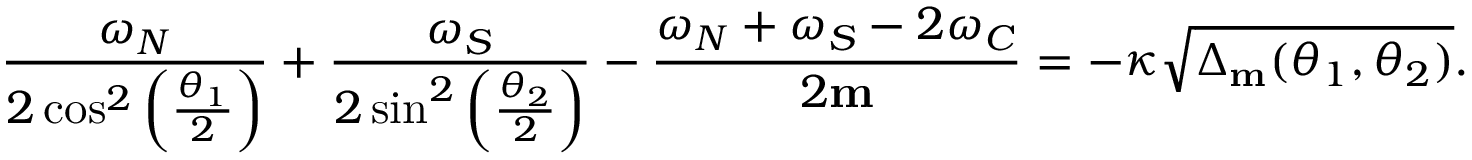
\frac { \omega _ { N } } { 2 \cos ^ { 2 } \left( \frac { \theta _ { 1 } } { 2 } \right) } + \frac { \omega _ { S } } { 2 \sin ^ { 2 } \left( \frac { \theta _ { 2 } } { 2 } \right) } - \frac { \omega _ { N } + \omega _ { S } - 2 \omega _ { C } } { 2 \mathbf { m } } = - \kappa \sqrt { \Delta _ { \mathbf { m } } ( \theta _ { 1 } , \theta _ { 2 } ) } .